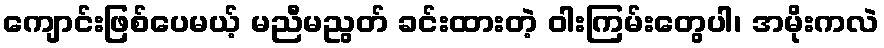
ကျောင်းဖြစ်ပေမယ့် မညီမညွတ် ခင်းထားတဲ့ ဝါးကြမ်းတွေပါ၊ အမိုးကလဲ